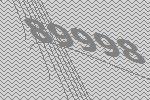
89998